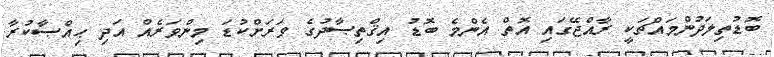
ބޮޑުތިލަދުންމައްޗަކީ ރާއްޖޭގައި އޮތް އެންމެ ބޮޑު އިޤްތިޞާދުގެ ވަރަށްކުޑަ މިންވަރެއް އަދި ޙިއްޞާކުރާ